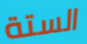
الستة